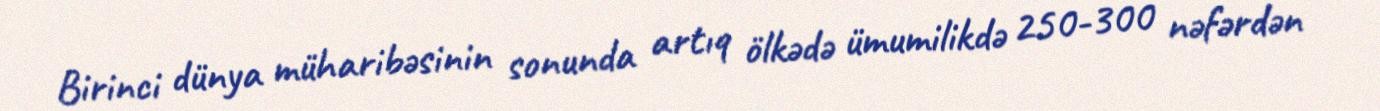
Birinci dünya müharibəsinin sonunda artıq ölkədə ümumilikdə 250-300 nəfərdən